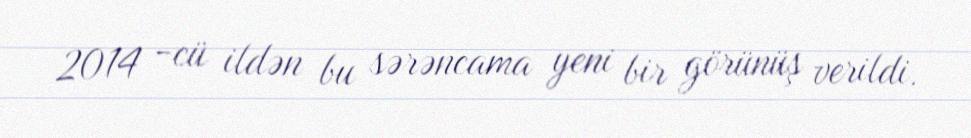
2014 -cü ildən bu sərəncama yeni bir görünüş verildi.